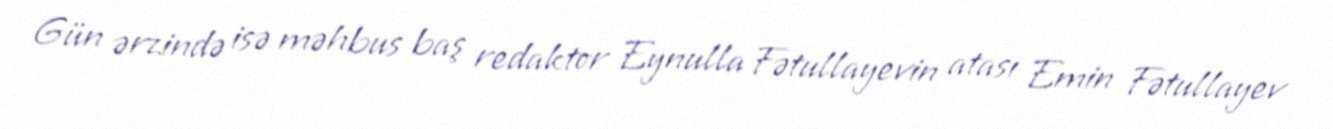
Gün ərzində isə məhbus baş redaktor Eynulla Fətullayevin atası Emin Fətullayev